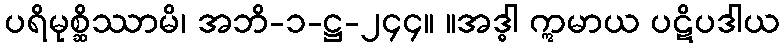
ပရိမုစ္ဆိဿာမိ၊ အဘိ-၁-ဋ္ဌ-၂၄၄။ ။အဒ္ဓါ ဣမာယ ပဋိပဒါယ